Problem: 2 × 9 = ?
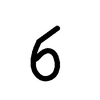
Handwritten answer: 6